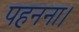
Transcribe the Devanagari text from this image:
पहनना।